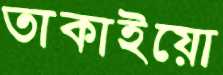
তাকাইয়ো